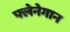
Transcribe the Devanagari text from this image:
फ्लेनेगान